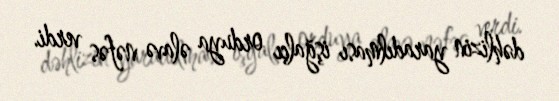
dəhlizin yaradılması işğalçı orduya əlavə nəfəs verdi.